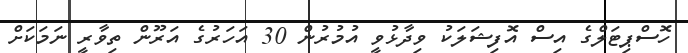
ހޮޮސްޕިޓަލްގެ އިސް އޮފިޝަލަކު ވިދާޅުވީ އުމުރުން 30 އަހަރުގެ އަރޫން ތިވާރީ ނަމަކަށް